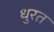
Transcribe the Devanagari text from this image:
धुरत